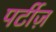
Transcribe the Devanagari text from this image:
पर्टीज़